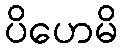
ပိဟေမိ